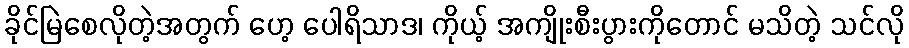
ခိုင်မြဲစေလိုတဲ့အတွက် ဟေ့ ပေါရိသာဒ၊ ကိုယ့် အကျိုးစီးပွားကိုတောင် မသိတဲ့ သင်လို